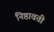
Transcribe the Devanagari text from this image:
निष्ठावती